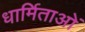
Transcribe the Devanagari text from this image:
धार्मिताओं